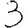
Digit: 3